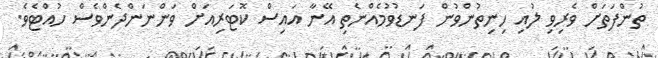
ތުންފަތަށް ވެރިވި ލުއި ހިނިތުންވުން ފަނޑުވުމެއްނެތި އޭނާ އައިސް ކޮޓަރިއަށް ވަންނަންދެންވެސް ހުއްޓެވެ.